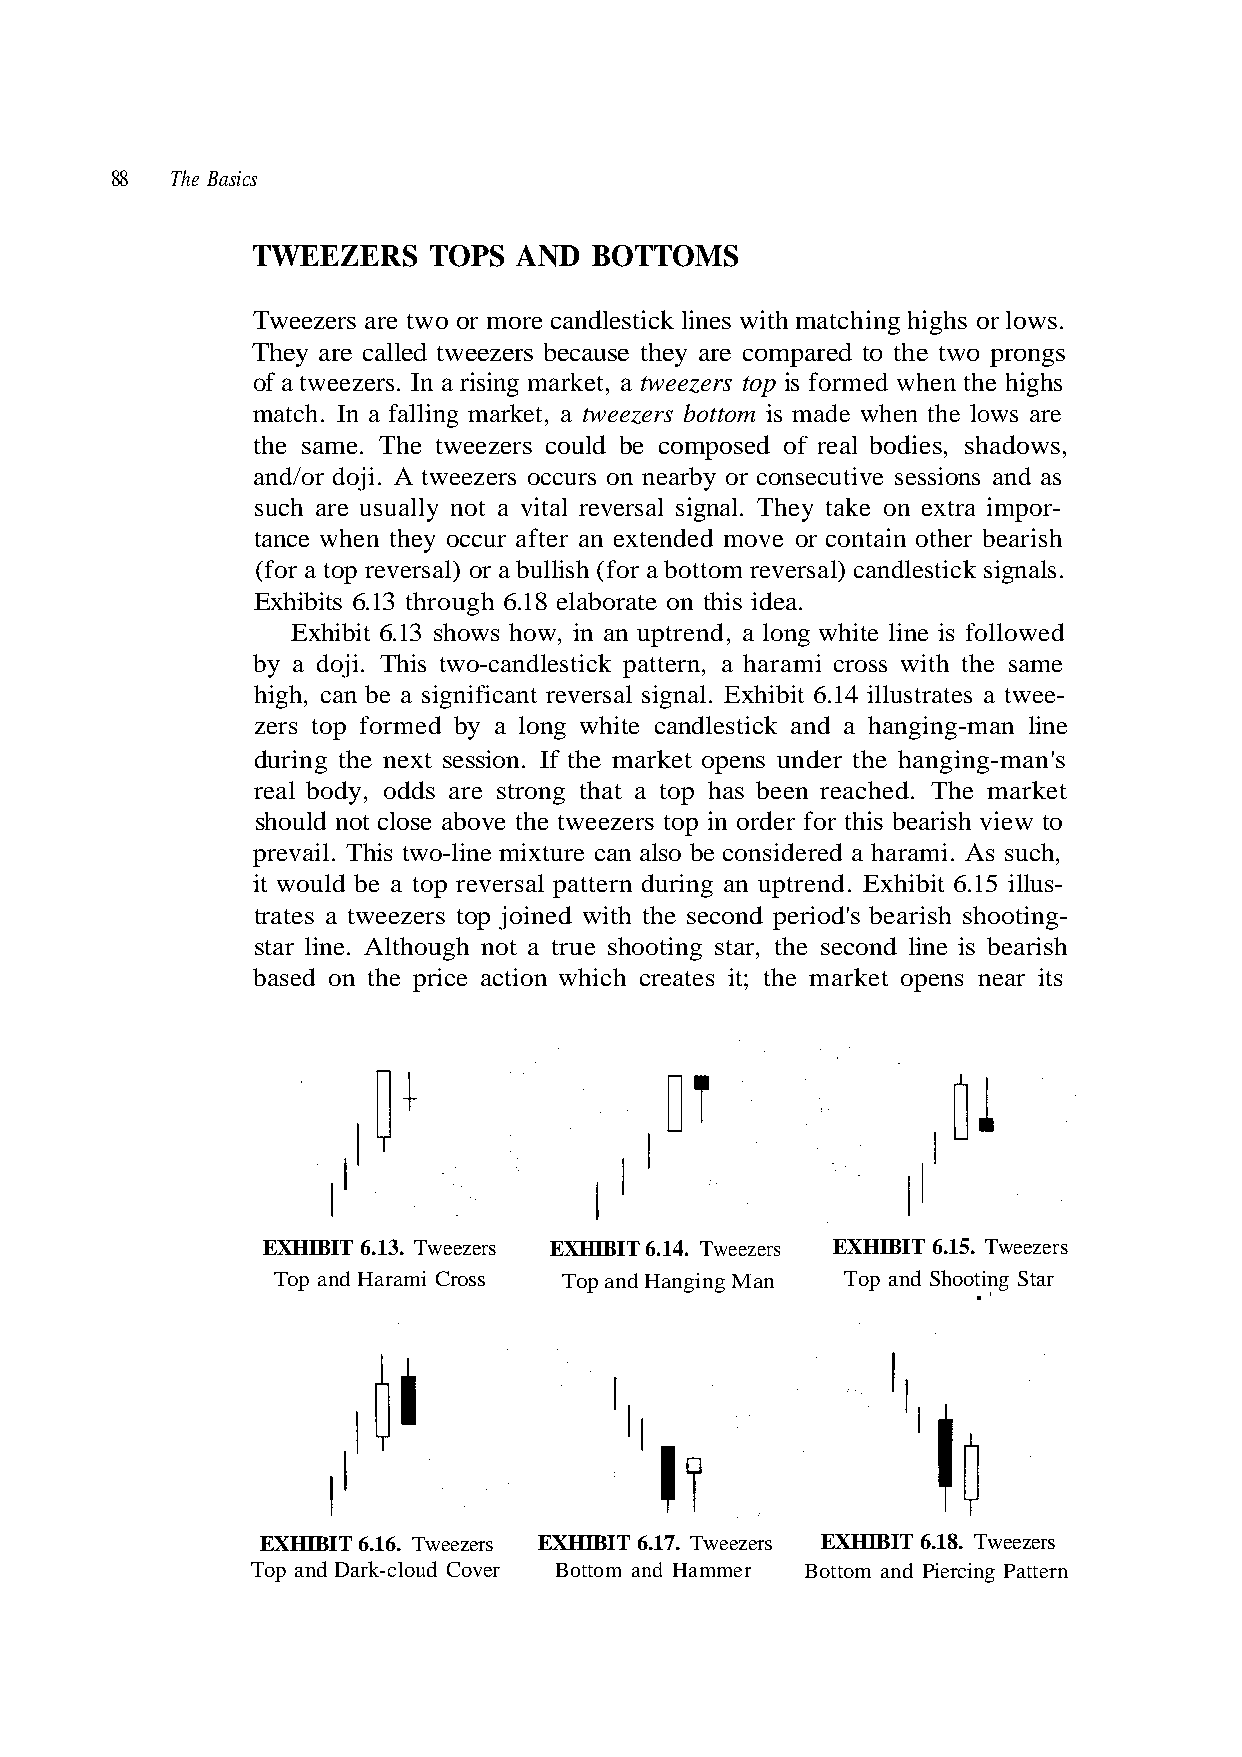
88  The Basics
 They are called tweezers because they are compared to the two prongs
 of a tweezers. In a rising market, a tweezers top is formed when the highs
 the same. The tweezers could be composed of real bodies, shadows,
 (for a top reversal) or a bullish (for a bottom reversal) candlestick signals.
 Exhibits 6.13 through 6.18 elaborate on this idea.
 high, can be a significant reversal signal. Exhibit 6.14 illustrates a twee-
 during the next session. If the market opens under the hanging-man's
 real body, odds are strong that a top has been reached. The market
 should not close above the tweezers top in order for this bearish view to
 EXHIBIT 6.13. Tweezers EXHIBIT 6.14. Tweezers EXHIBIT 6.15. Tweezers
 Top and Harami Cross Top and Hanging Man Top and Shooting Star
 •'
 EXHIBIT 6.17. Tweezers EXHIBIT 6.18. Tweezers
 Top and Dark-cloud Cover
 - g n i t o o
 e m
 h s
 a s
 h s
 e
 i
 h
 -r
 t
 sa ue
 h
 l
 h
 h
 t
 ilb
 s
 as
 is
 wi
 5
 s
 ari
 its
 d
 ear
 s
 6.1
 d'
 be
 ar
 ons an
 her b
 cros
 line
 hibit
 perio
 ne is
 ns ne
 i
 ot
 i
 n
 x
 ie
 e
 ess
 n
 m
 ma
 Ed
 d l
 op
 TWEEZERS TOPS AND BOTTOMS
 Tweezers are two or more candlestick lines with matching highs or lows.
 match. In a falling market, a tweezers bottom is made when the lows ar
 and/or doji. A tweezers occurs on nearby or consecutive s
 such are usually not a vital reversal signal. They take on extra impor-tance
 when they occur after an extended move or contai
 bit 6.13 shows how, in an uptrend, a long white line is followed
 by a doji. This two-candlestick pattern, a hara
 zers top formed by a long white candlestick and a hanging-
 prevail. This two-line mixture can also be considered a harami. As such,
 it would be a top reversal pattern during an uptrend.
 trates a tweezers top joined with the secon
 star line. Although not a true shooting star, the secon
 based on the price action which creates it; the market
 EXHIBIT 6.16. Tweezers
 hi Ex
 n r e r et mt ma aP H d g n n a i mc or tte o Bi P d n a m o t t o B